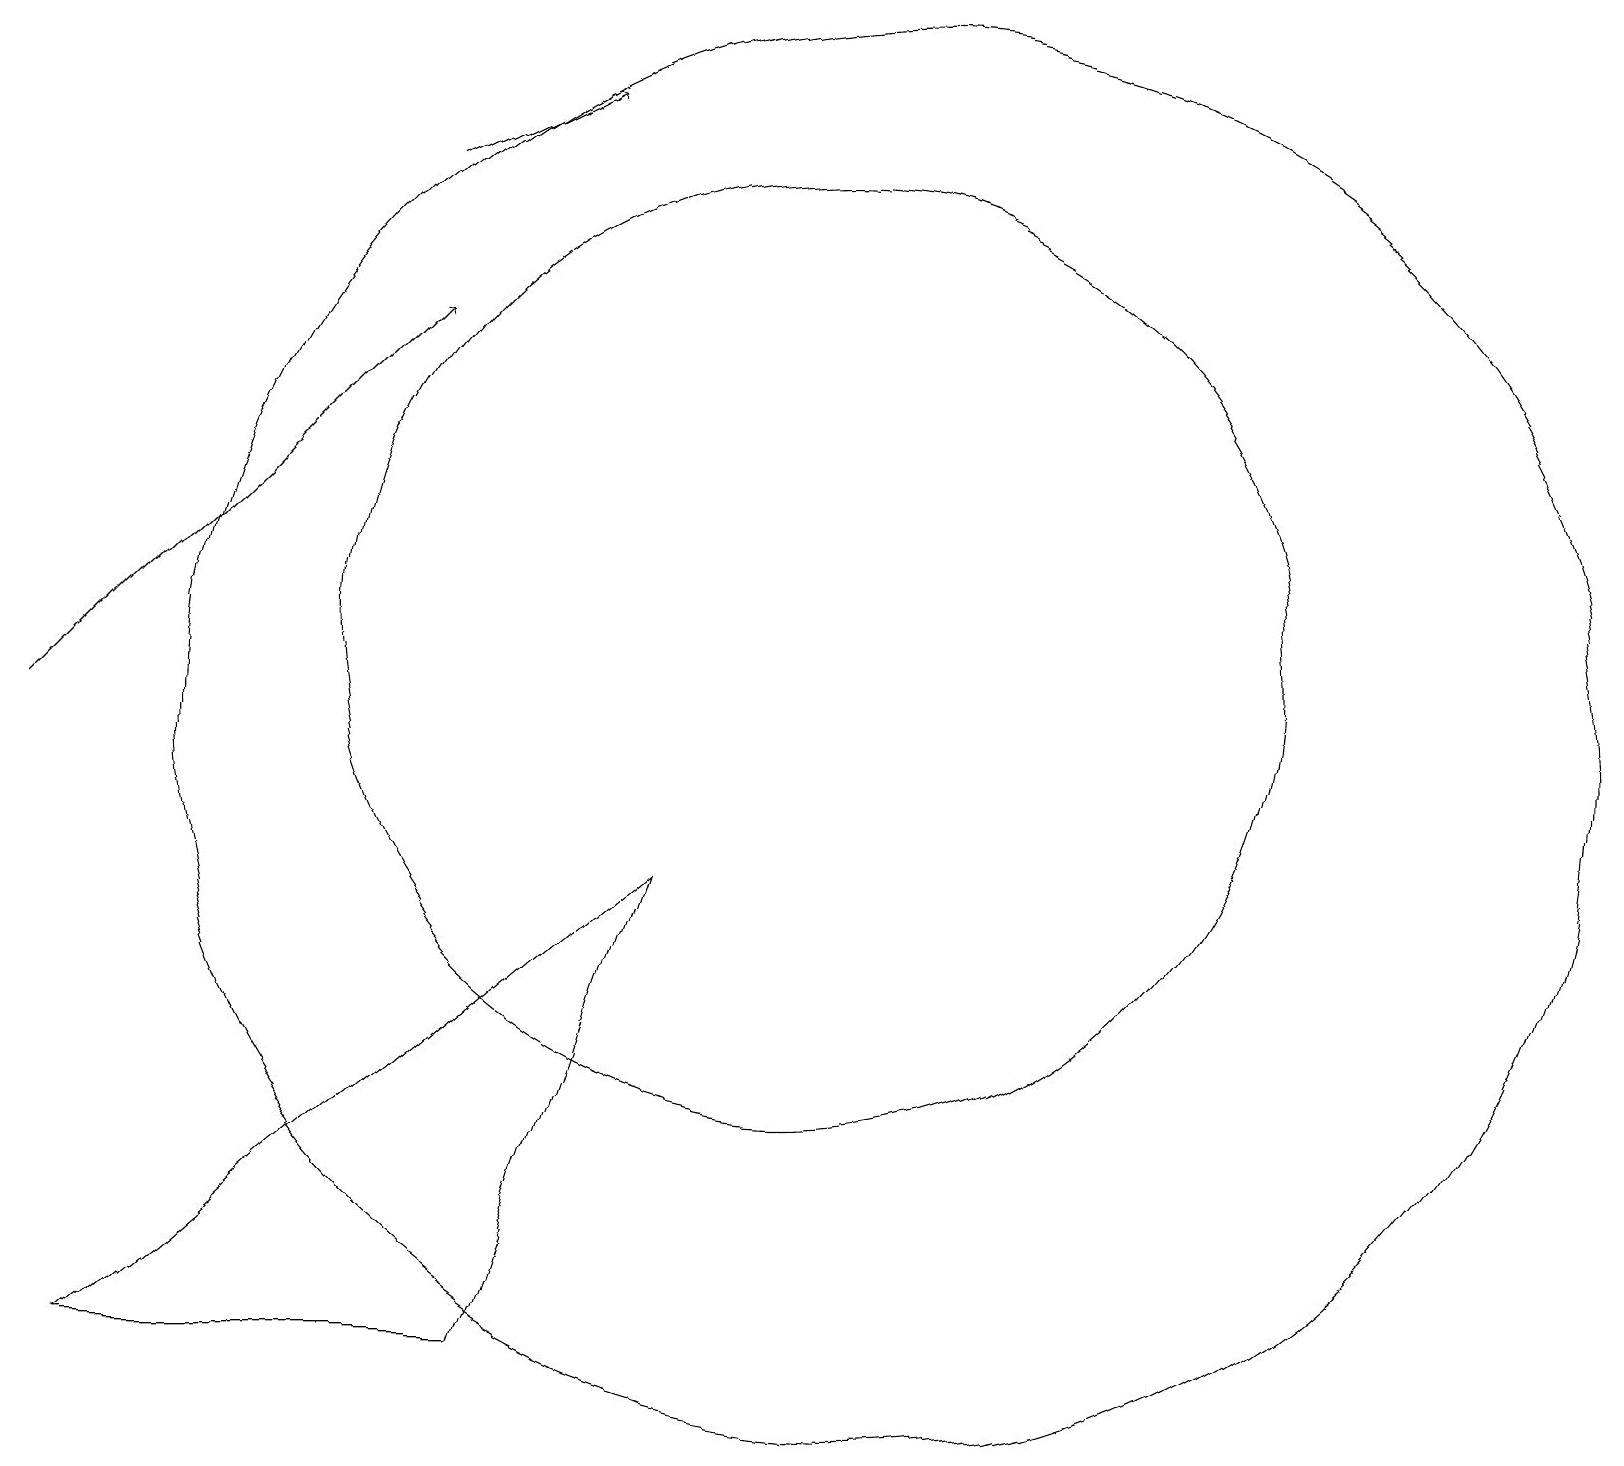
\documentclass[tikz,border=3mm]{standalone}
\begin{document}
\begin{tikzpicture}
\draw (10,10) circle (0);
\draw[->] (5,17) -- (7,18);
\draw[->] (0,10) -- (5,15);
\draw (8,8) -- (6,2) -- (1,2) -- cycle;
\draw (10,11) circle (6);
\draw (11,10) circle (9);
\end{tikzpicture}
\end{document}